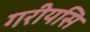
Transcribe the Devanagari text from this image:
गरीयसि